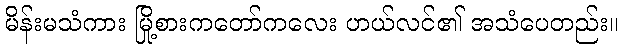
မိန်းမသံကား မြို့စားကတော်ကလေး ဟယ်လင်၏ အသံပေတည်း။